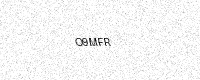
Text: O9MFR